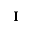
\mathbf { I }